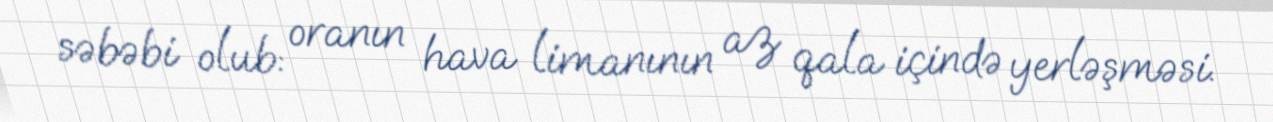
səbəbi olub: oranın hava limanının az qala içində yerləşməsi.